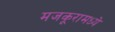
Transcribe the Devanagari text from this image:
मजकूरामध्ये